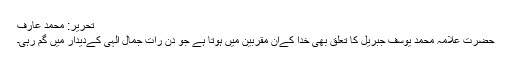
تحریر: محمد عارف
حضرت علامہ محمد یوسف جبریل کا تعلق بھی خدا کےان مقربین میں ہوتا ہے جو دن رات جمال الہیٰ کےدیدار میں گم رہی۔